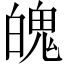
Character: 魄